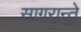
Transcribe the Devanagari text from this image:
सागरान्ते